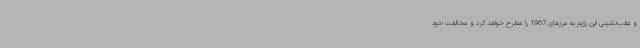
و عقب‌نشینی این رژیم به مرزهای 1967 را مطرح خواهد کرد و مخالفت خود